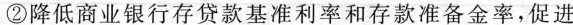
②降低商业银行存贷款基准利率和存款准备金率，促进